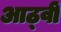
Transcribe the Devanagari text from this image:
आठ्वीं